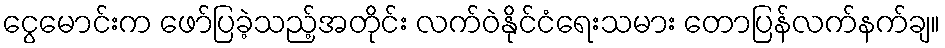
ငွေမောင်းက ဖော်ပြခဲ့သည့်အတိုင်း လက်ဝဲနိုင်ငံရေးသမား တောပြန်လက်နက်ချ။